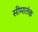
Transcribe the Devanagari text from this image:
सीमातंक